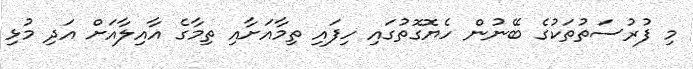
މި ފުރުސަތުތަކުގެ ބޭނުން ހެޔޮގޮތުގައި ހިފައި ތިމާއަށާއި ތިމާގެ އާއިލާއަށް އަދި މުޅި